Leaving Certificate Examination, 1913
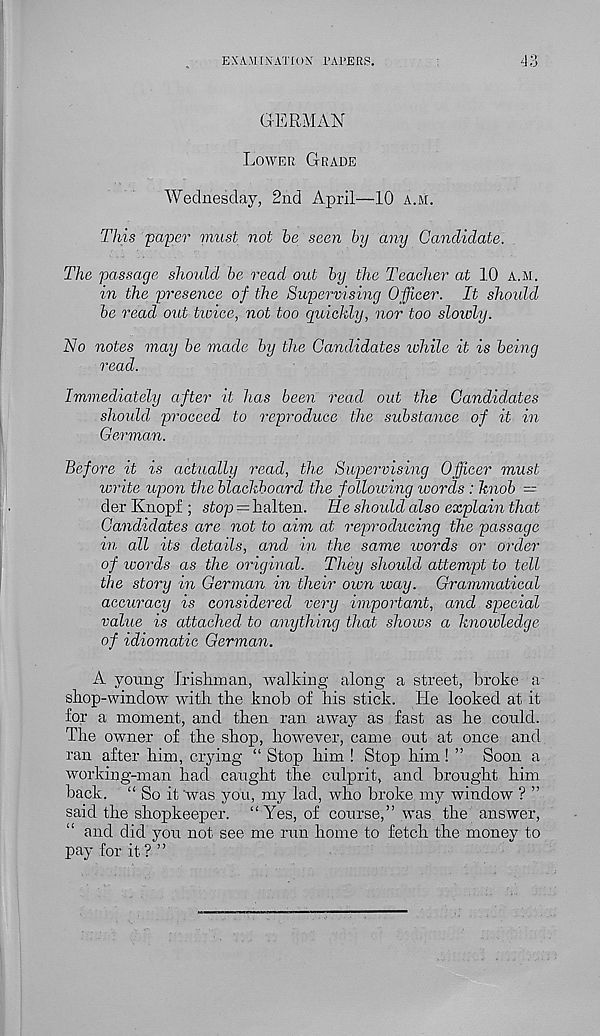
EXAMINATION 1'APERS.
GERMAN
Lower Grade
Wednesday, 2nd April—10 a.m.
This paper must not he seen by any Candidate.
The passage should be read out by the Teacher at 10 a.m.
in the presence of the Supervising Officer. It should
be read out twice, not too quickly, nor too slowly.
No notes may be made by the Candidates while it is being
read.
Immediately after it has been read out the Candid,ates
should proceed to reproduce the substance of it in
German.
Before it is actually read, the Supervising Officer must
write upon the blackboard the following words : knob =
der Knopf ; stop = halten. He should also explain that
Candidates are not to aim at reproducing the passage
in all its details, and in the same ivords or order
of ivords as the original. They should attempt to tell
the story in German in their own way. Grammatical
accuracy is considered very important, and special
value is attached to anything that shows a knowledge
of idiomatic German.
A young Irishman, walking along a street, broke a
shop-window with the knob of his stick. He looked at it
for a moment, and then ran away as fast as he could.
The owner of the shop, howmver, came out at once and.
ran after him, crying “ Stop him ! Stop him! ” Soon a
working-man had caught the culprit, and brought him
back. “ So it 'was you, my lad, who broke my window ? ”
said the shopkeeper. “Yes, of course,” was the answer,
“ and did you not see me run home to fetch the money to
pay for it ? ”